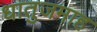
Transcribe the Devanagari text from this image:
धातुजमाह